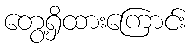
တွေ့ရှိထားကြောင်း